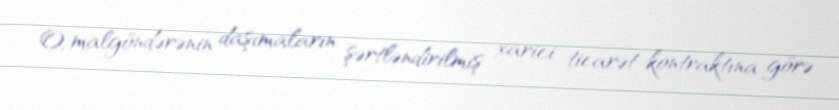
O, malgöndərənin daşımaların şərtləndirilmiş xarici ticarət kontraktına görə